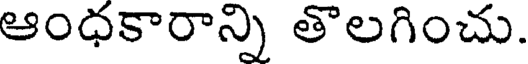
ఆంధకారాన్ని తొలగించు.